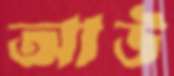
আউ